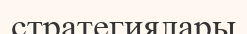
стратегиялары